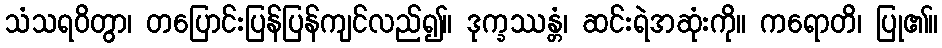
သံသရဝိတွာ၊ တပြောင်းပြန်ပြန်ကျင်လည်၍။ ဒုက္ခဿန္တံ၊ ဆင်းရဲအဆုံးကို။ ကရောတိ၊ ပြု၏။